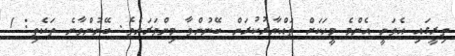
ތިރީގައި އެވަނީ އެންމެ މީހަކަށް ތައްޔާރުކުރަން ބޭނުންވާ މިންވަރަށެވެ. ބޭނުންވާނެ ތަކެތި: 1